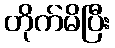
တိုက်မိပြီး